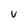
Character: v